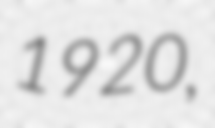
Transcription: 1920,